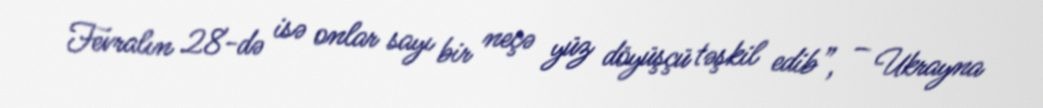
Fevralın 28-də isə onlar sayı bir neçə yüz döyüşçü təşkil edib”, – Ukrayna